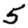
Digit: 5